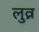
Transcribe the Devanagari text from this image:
लुव्र